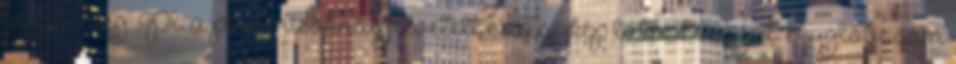
fogod meg. Pl. a piramisoknál felvetett csillagkép láthatóságát. skyglobe.com